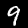
Label: 9